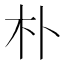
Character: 朴